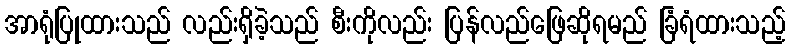
အာရုံပြုထားသည် လည်းရှိခဲ့သည် စီးကိုလည်း ပြန်လည်ဖြေဆိုရမည် ခြံရံထားသည့်